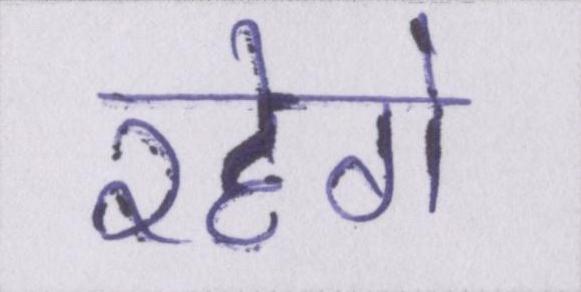
रहेगे